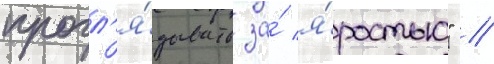
прогл'я́дывать за́ я́ростью" //